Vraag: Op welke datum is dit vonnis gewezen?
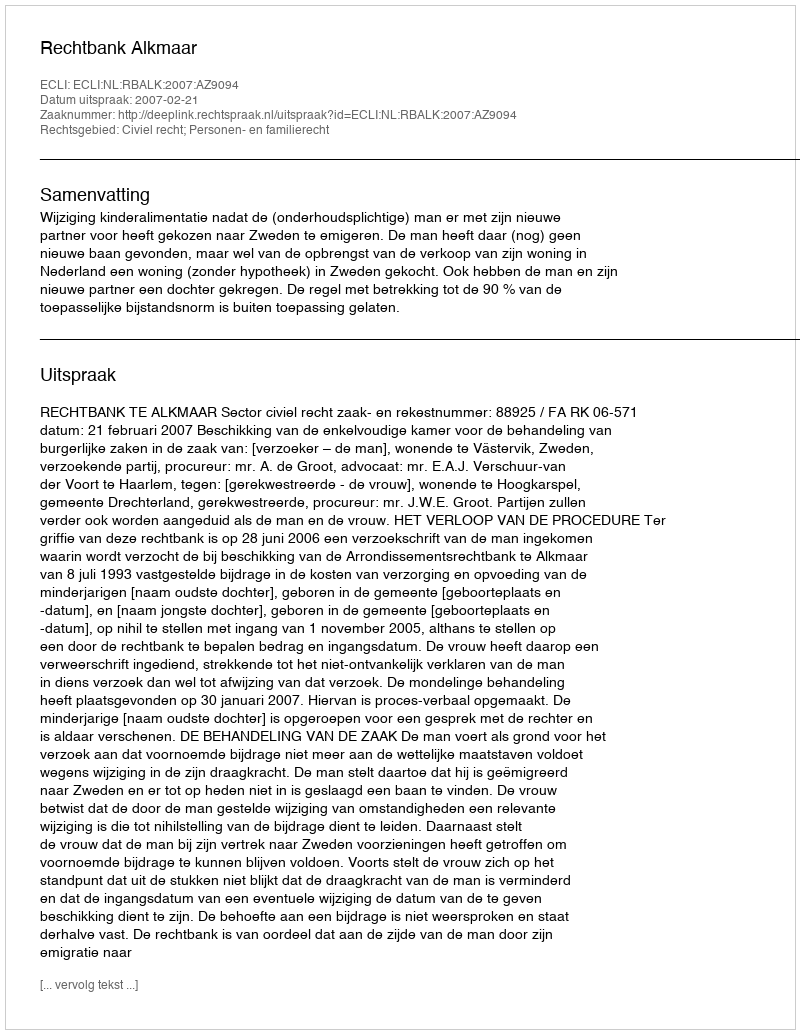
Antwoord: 2007-02-21